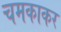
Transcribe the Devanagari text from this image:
चमकाकर